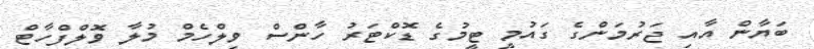
ބަޔާން އާއި ޖަރުމަންގެ ގައުމީ ޓީމުގެ ޑޮކްޓަރު ހާންސް ވިލްހެމް މުލާ ވޮލްފްހާޓް